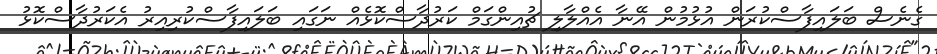
ގެނެސް ބަލައިފާސްކުރަން އުޅުމުން އޭނާ އެއްލާލި ޗުއިންގަމް ކަރުދާސްކޮޅެއް ނަގައި ބަލައިފާސްކުރިއިރު އެކަރުދާސްކޮޅު